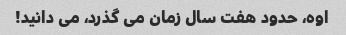
اوه، حدود هفت سال زمان می گذرد، می دانید!